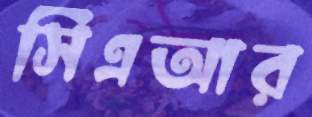
সিএআর